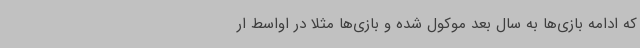
که ادامه بازی‌ها به سال بعد موکول شده و بازی‌ها مثلاً در اواسط ار